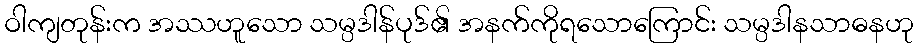
ဝါကျတုန်းက အဿဟူသော သမ္ပဒါန်ပုဒ်၏ အနက်ကိုရသောကြောင်း သမ္ပဒါနသာဓနဟု